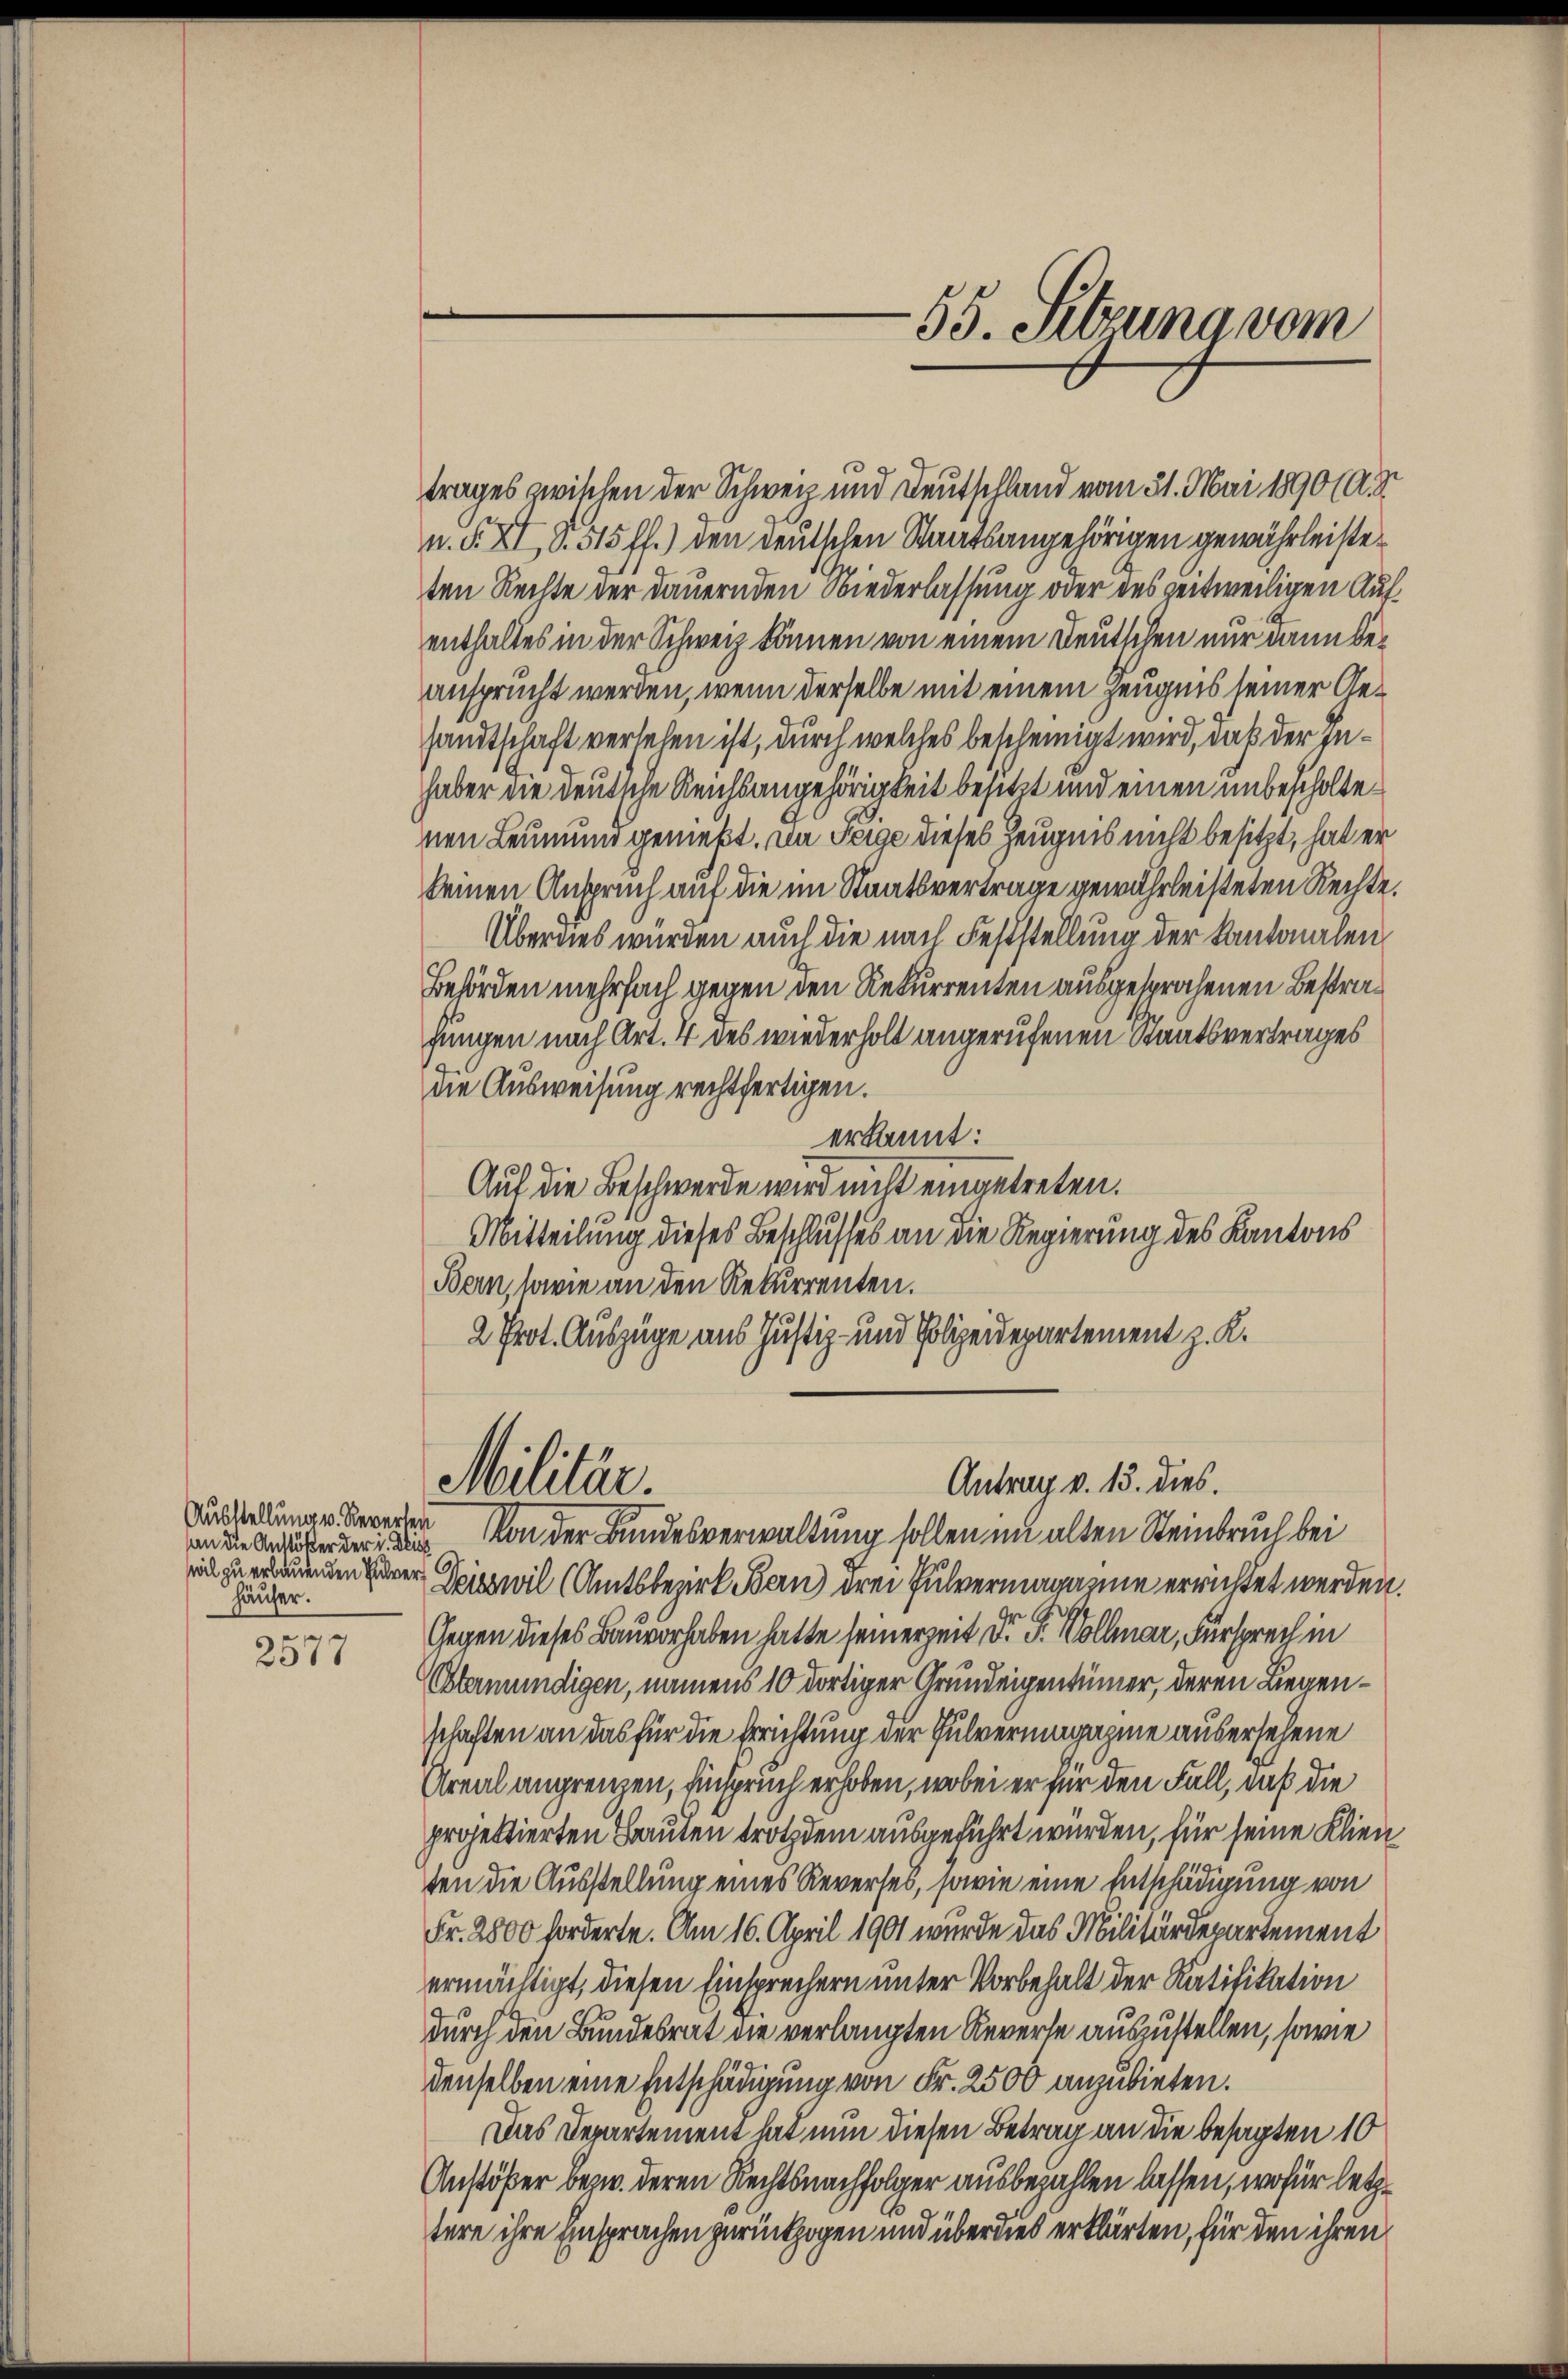
Ausstellung v. Reverten
Häuser.

e
2517

trages zwischen der Schweiz und Deutschland vom 31. Mai 1890 (A. S.
n. F. XI, 8. 515 ff.) den deutschen Staatsangehörigen gewährleiste
ten Rechte der dauernden Niederlassung oder des zeitweiligen Aufenthaltes in der Schweiz können von einem Deutschen nur dann beansprucht werden, wenn derselbe mit einem Zeugnis seiner Gesandtschaft versehen ist, durch welches bescheinigt wird, daß der Inhaber die deutsche Reichsangehörigkeit besitzt und einen unbescholtenen Leumund genießt. Da Feige dieses Zeugnis nicht besitzt, hat er
keinen Anspruch auf die im Staatsvertrage gewährleisteten Rechte.
Überdies würden auch die nach Feststellung der Kantonalen
Behörden mehrfach gegen den Rekurrenten ausgesprochenen Bestrajungen nach Art. 4 des wiederholt angerufenen Staatsvertrages
die Ausweisung rechtfertigen.
erkannt:
Auf die Beschwerde wird nicht eingetreten.
Mitteilung dieses Beschlusses an die Regierung des Kantons
Bern, sowie an den Rekurrenten.
2 Prot. Auszüge aus Justiz- und Polizeidepartement z. K.

Militär.

55. Setzung vom

Antrag v. 13. dies.

eerdig von der Bundesverwaltung sollen im alten Steinbruch bei
ic zu erbauenden Parer Spisswil (Amtsbezirk Bern drei Pulvermagamie errichtet werden.
Gegen dieses Bauvorhaben hatte seinerzeit Dr G. Vollmar, Fürsprech in
Otermündigen, namens 10 dortiger Grundeigentümer, deren Liegenschaften an das für die Errichtung der Pulvermagazine aus ersehene
Areal angrenzen, Einspruch erhoben, wobei er für den Fall, daß die
projektierten Bauten trotzdem ausgeführt würden, für seine Klien
ten die Ausstellung eines Reverses, sowie eine Entschädigung von
Fr. 2800 forderte. Am 16. April 1901 wurde das Militärdepartement
ermächtigt, diesen Einsprechern unter Vorbehalt der Ratifikation
durch den Bundesrat die verlangten Reverse auszustellen, sowie
denselben eine Entschädigung von Fr. 2500 anzubieten.
Das Departement hat nun diesen Betrag an die besagten 10
Anstößer bezw. deren Rechtsnachfolger ausbezahlen lassen, wofür letztere ihre Einsprachen zurückzogen und überdies erklärten, für den ihren